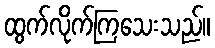
ထွက်လိုက်ကြသေးသည်။